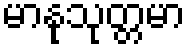
မာနုသုတ္တမာ